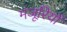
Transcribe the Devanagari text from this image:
मंजूरियों